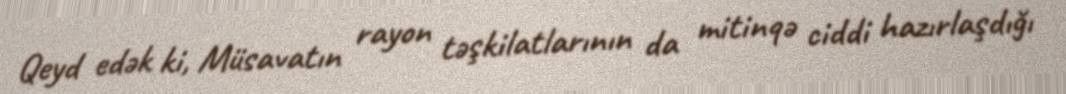
Qeyd edək ki, Müsavatın rayon təşkilatlarının da mitinqə ciddi hazırlaşdığı